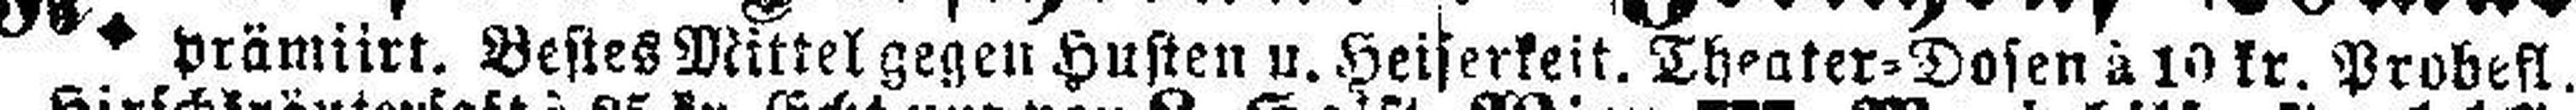
prämiirt. Bestes Mittel gegen Husten u. Heiserkeit. Theater=Dosen à 10 kr. Probefl.